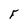
Character: F